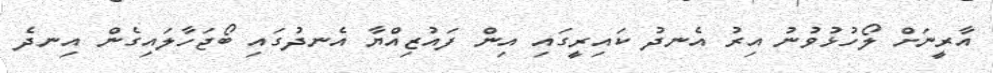
އާރީނަށް ލޯހުޅުވުނު އިރު އެނދު ކައިރީގައި އިން ފައުޒިއްޔާ އެނދުގައި ބޯޖަހާލައިގެން އިނދެ